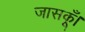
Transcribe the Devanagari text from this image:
जासकूँ।